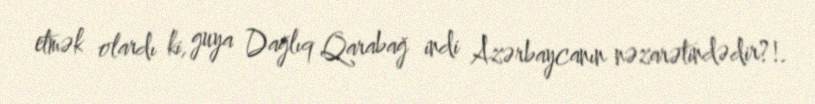
etmək olardı ki, guya Dağlıq Qarabağ indi Azərbaycanın nəzarətindədir?!.